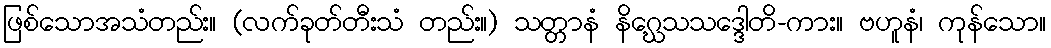
ဖြစ်သောအသံတည်း။ (လက်ခုတ်တီးသံ တည်း။) သတ္တာနံ နိဂ္ဃေသသဒ္ဒေါတိ-ကား။ ဗဟူနံ၊ ကုန်သော။